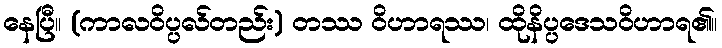
နေပြီ။ (ကာလဝိပ္ပလ်တည်း) တဿ ဝိဟာရဿ၊ ထိုနိပ္ပဒေသဝိဟာရ၏။